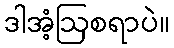
ဒါအံ့ဩစရာပဲ။